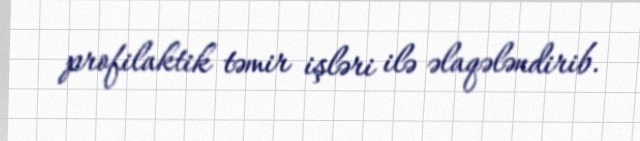
profilaktik təmir işləri ilə əlaqələndirib.